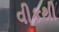
વીકથી